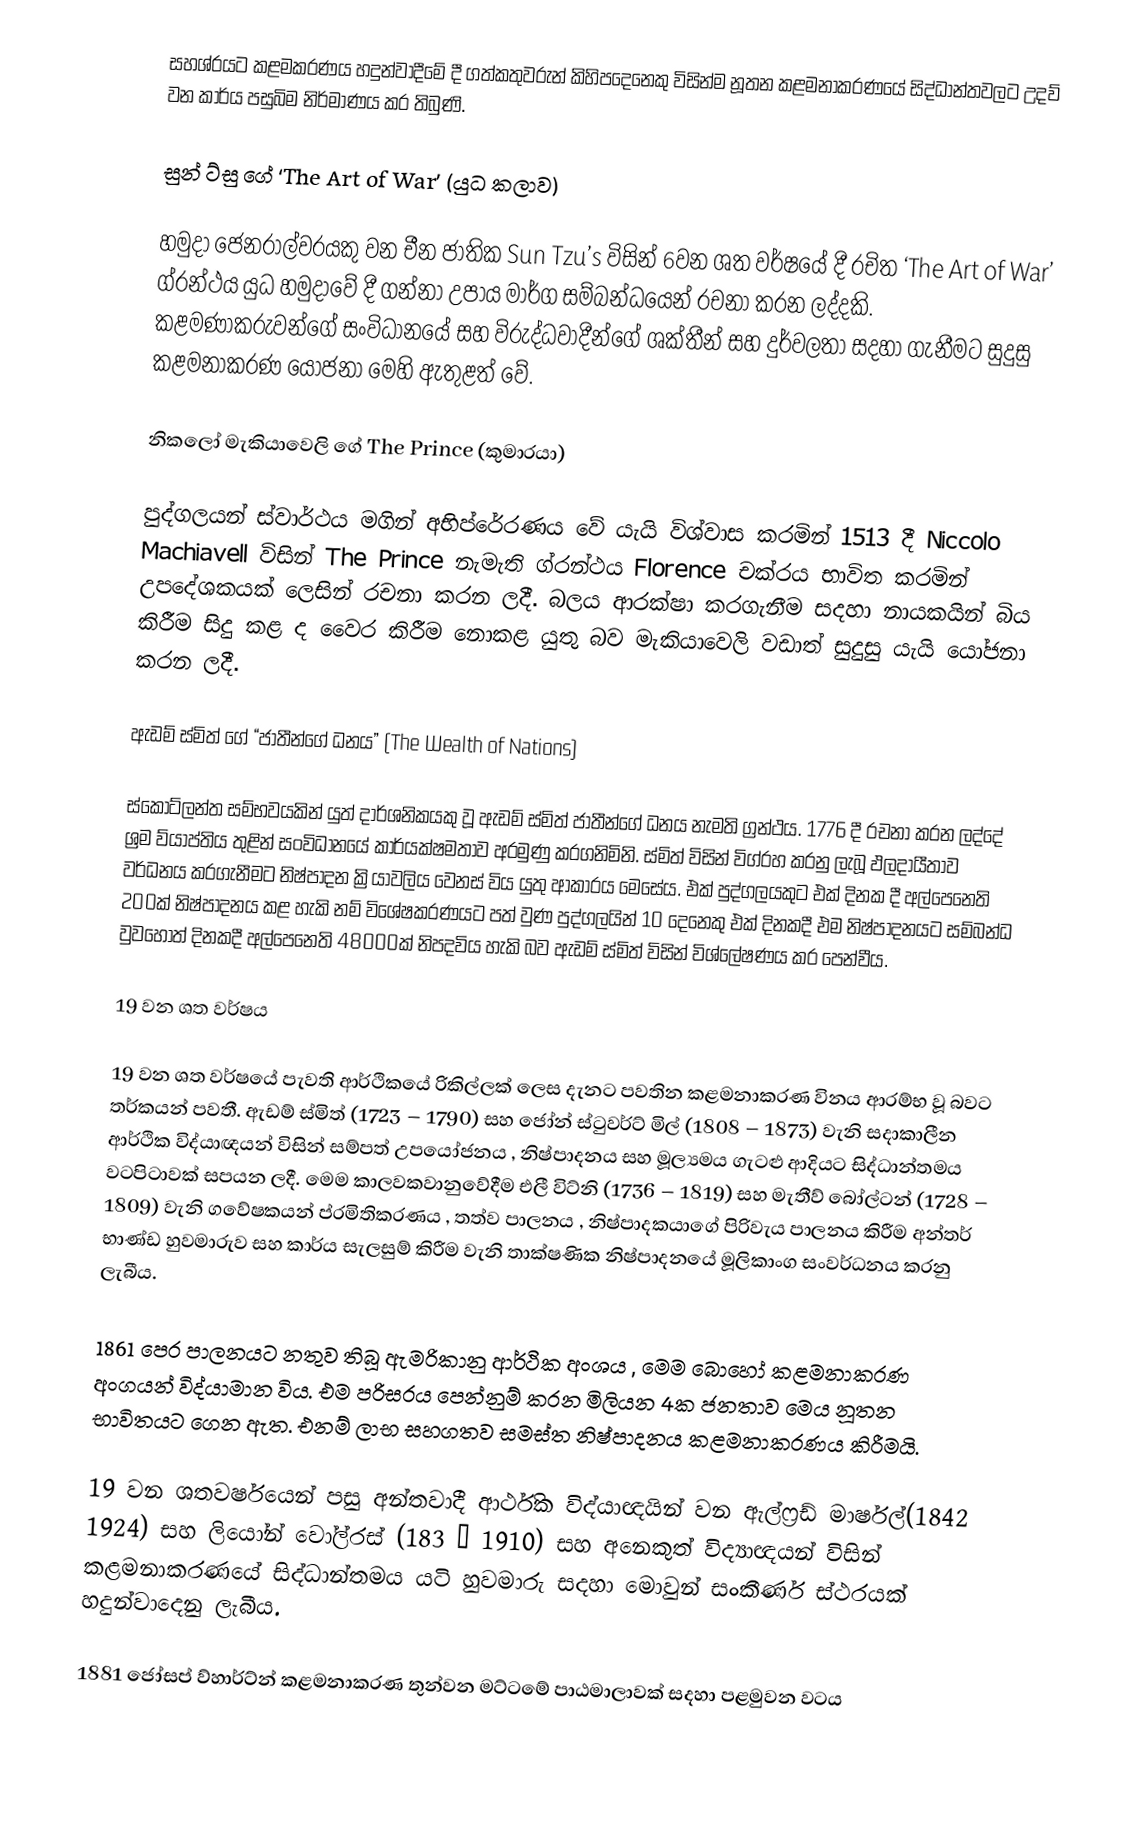
සහශ්රයට කළමකරණය හදුන්වාදීමේ දී ගත්කතුවරුන් කිහිපදෙනෙකු විසින්ම නූතන කළමනාකරණයේ සිද්ධාන්තවලට උදව් වන කාර්ය පසුබිම නිර්මාණය කර තිබුණි.

සුන් ට්සු ගේ ‘The Art of War’ (යුධ කලාව)

හමුදා ජෙනරාල්වරයකු වන චීන ජාතික Sun Tzu’s  විසින් 6වන ශත වර්ෂයේ දී රචිත ‘The Art of War’ ග්රන්ථය යුධ හමුදාවේ දී ගන්නා උපාය මාර්ග සම්බන්ධයෙන් රචනා කරන ලද්දකි. කළමණාකරුවන්ගේ සංවිධානයේ සහ විරුද්ධවාදීන්ගේ ශක්තීන් සහ දුර්වලතා සදහා ගැනීමට සුදුසු කළමනාකරණ යෝජනා මෙහි ඇතුළත් වේ.

නිකලෝ මැකියාවෙලි ගේ The Prince (කුමාරයා)

පුද්ගලයන් ස්වාර්ථය මගින් අභිප්රේරණය වේ යැයි විශ්වාස කරමින් 1513 දී Niccolo Machiavell විසින් The Prince නැමැති ග්රන්ථය Florence චක්රය භාවිත කරමින් උපදේශකයක් ලෙසින් රචනා කරන ලදී. බලය ආරක්ෂා කරගැනීම සදහා නායකයින් බිය කිරීම සිදු කළ ද වෛර කිරීම නොකළ යුතු බව මැකියාවෙලි වඩාත් සුදුසු යැයි යෝජනා කරන ලදී.

ඇඩම් ස්මිත් ගේ “ජාතීන්ගේ ධනය”  (The Wealth of Nations)

ස්කොට්ලන්ත සම්භවයකින් යුත් දාර්ශනිකයකු වූ ඇඩම් ස්මිත් ජාතීන්ගේ ධනය නැමති ග්‍රන්ථය. 1776 දී රචනා කරන ලද්දේ ශ්‍රම ව්යාප්තිය තුළින් සංවිධානයේ කාර්යක්ෂමතාව අරමුණු කරගනිමිනි. ස්මිත් විසින් විග්රහ කරනු ලැබූ ඵලදායීතාව වර්ධනය කරගැනීමට නිෂ්පාදන ක්‍රියාවලිය වෙනස් විය යුතු ආකාරය මෙසේය. එක් පුද්ගලයකුට එක් දිනක දී අල්පෙනෙති 200ක් නිෂ්පාදනය කළ හැකි නම් විශේෂකරණයට පත් වුණ පුද්ගලයින් 10 දෙනෙකු එක් දිනකදී එම නිෂ්පාදනයට සම්බන්ධ වුවහොත් දිනකදී අල්පෙනෙති 48000ක් නිපදවිය හැකි බව ඇඩම් ස්මිත් විසින් විශ්ලේෂණය කර පෙන්වීය.

19 වන ශත වර්ෂය

19 වන ශත වර්ෂයේ පැවති ආර්ථිකයේ රිකිල්ලක් ලෙස දැනට පවතින කළමනාකරණ විනය ආරම්භ වූ බවට තර්කයන් පවතී. ඇඩම් ස්මිත් (1723 – 1790) සහ ජෝන් ස්ටුවර්ට් මිල් (1808 – 1873) වැනි සදාකාලීන ආර්ථික විද්යාඥයන් විසින් සම්පත් උපයෝජනය , නිෂ්පාදනය සහ මූල්‍යමය ගැටළු ආදියට සිද්ධාන්තමය වටපිටාවක් සපයන ලදී. මෙම කාලවකවානුවේදීම එලී විට්නි (1736 – 1819) සහ මැතීව් බෝල්ටන් (1728 – 1809) වැනි ගවේෂකයන් ප්රමිතිකරණය , තත්ව පාලනය , නිෂ්පාදකයාගේ පිරිවැය පාලනය කිරීම අන්තර් භාණ්ඩ හුවමාරුව සහ කාර්ය සැලසුම් කිරීම වැනි තාක්ෂණික නිෂ්පාදනයේ මූලිකාංග සංවර්ධනය කරනු ලැබීය.

1861 පෙර පාලනයට නතුව තිබූ ඇමරිකානු ආර්ථික අංශය , මෙම බොහෝ කළමනාකරණ අංගයන් විද්යාමාන විය. එම පරිසරය පෙන්නුම් කරන මිලියන 4ක ජනතාව මෙය නූතන භාවිතයට ගෙන ඇත. එනම් ලාභ සහගතව සමස්ත නිෂ්පාදනය කළමනාකරණය කිරීමයි.

19 වන ශතවර්ෂයෙන් පසු අන්තවාදී ආර්ථික විද්යාඥයින් වන ඇල්ෆ්‍රඩ් මාර්ෂල්(1842  1924) සහ ලියෝන් වෝල්රස් (183 – 1910) සහ අනෙකුත් විද්‍යාඥයන් විසින් කළමනාකරණයේ සිද්ධාන්තමය යටි හුවමාරු සදහා මොවුන් සංකීර්ණ ස්ථරයක් හදුන්වාදෙනු ලැබීය.

1881 ජෝසප් ව්හාර්ට්න් කළමනාකරණ තුන්වන මට්ටමේ පාඨමාලාවක් සදහා පළමුවන වටය